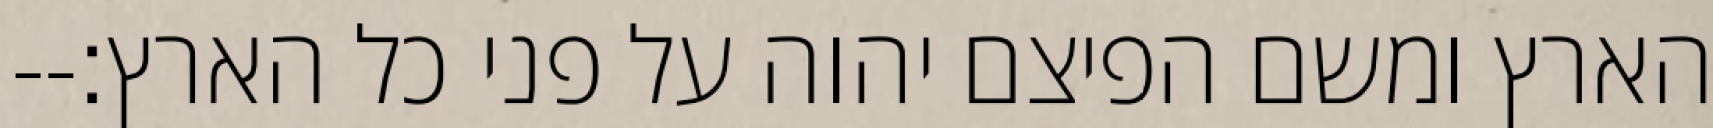
הארץ ומשם הפיצם יהוה על פני כל הארץ׃--